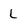
Character: L